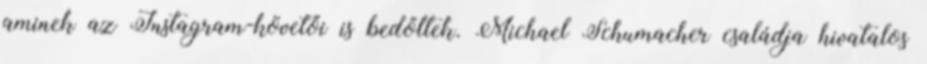
aminek az Instagram-követői is bedőltek. Michael Schumacher családja hivatalos